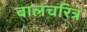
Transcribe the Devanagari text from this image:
बालचरित्र